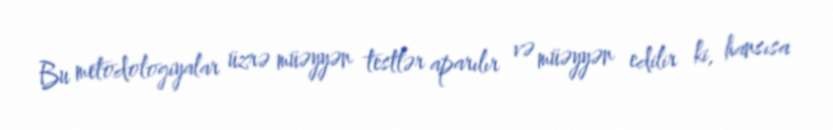
Bu metodologiyalar üzrə müəyyən testlər aparılır və müəyyən edilir ki, hansısa